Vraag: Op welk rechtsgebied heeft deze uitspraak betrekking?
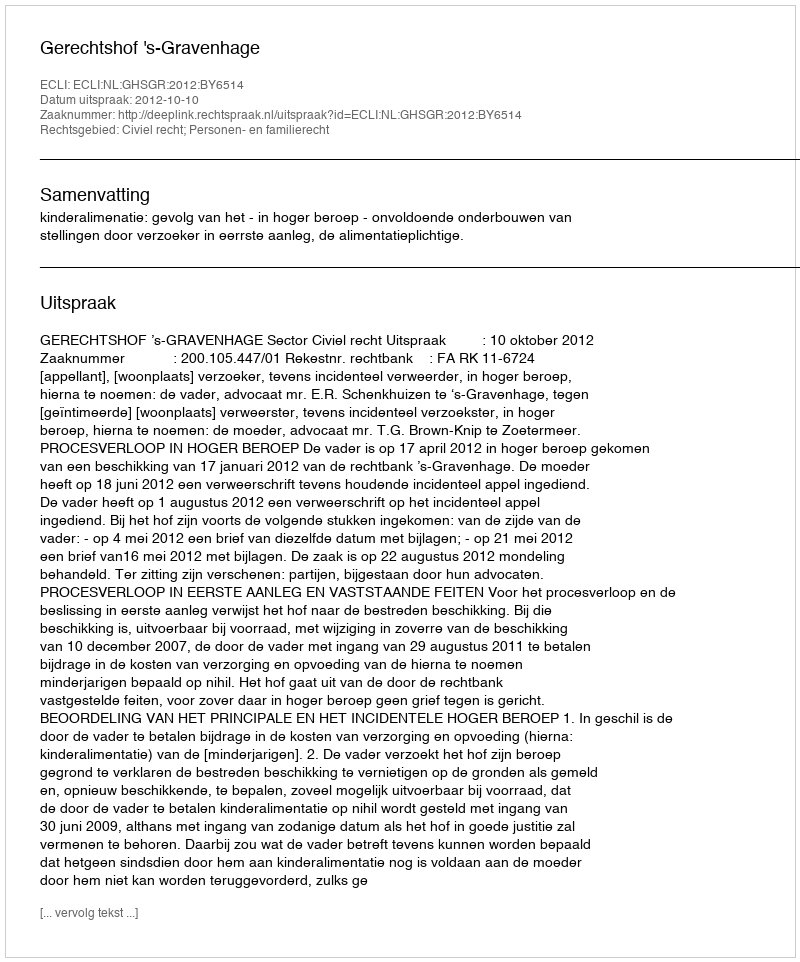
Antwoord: Civiel recht; Personen- en familierecht